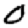
Digit: 0